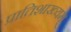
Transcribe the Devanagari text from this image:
प्रातिशाख्यम्